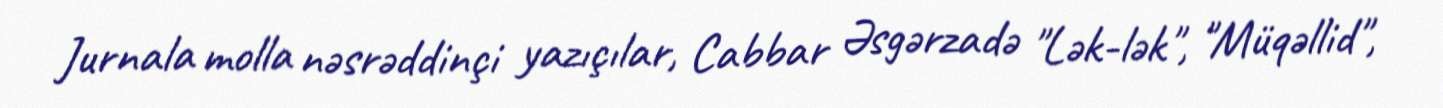
Jurnala molla nəsrəddinçi yazıçılar, Cabbar Əsgərzadə "Lək-lək", "Müqəllid",